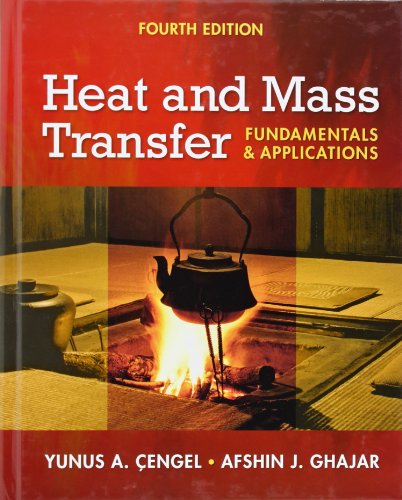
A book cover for Heat and Mass Transfer: Fundamentals and Applications + EES DVD for Heat and Mass Transfer; Yunus Cengel; Science & Math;